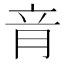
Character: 𦚏